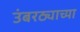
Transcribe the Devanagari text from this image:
उंबरठ्याच्या